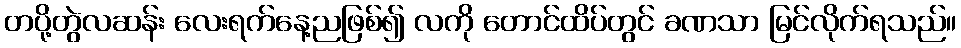
တပို့တွဲလဆန်း လေးရက်နေ့ညဖြစ်၍ လကို တောင်ထိပ်တွင် ခဏသာ မြင်လိုက်ရသည်။